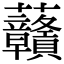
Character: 𧆐